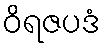
ဝိရဇပဒံ